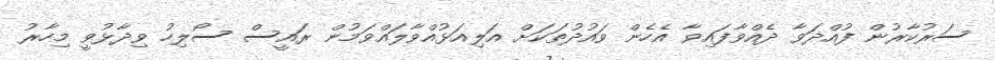
ސަރުކާރުން ފުއްދަވާ ދެއްވާފައިވާ އެހެން ވައުދުތަކަށް އަލިއަޅުއްވާލައްވަމުން ރައީސް ސޯލިހު ވިދާޅުވީ މިހާރު